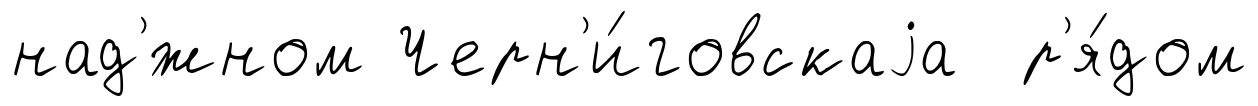
над'́жном Черн'и́говскаjа р'я́дом